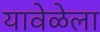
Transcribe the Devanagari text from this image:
यावेळेला